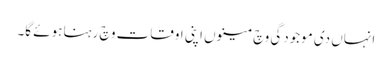
انہاں دی موجودگی وچ مینوں اپنی اوقات وچ رہنا ہوئے گا۔